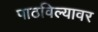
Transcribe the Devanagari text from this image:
पाठविल्यावर